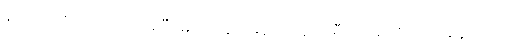
နဲ့ပဲ အံကြိတ်အားတင်းပြီး မသေခင် နောက်ဆုံးခရီးကြမ်းကို လှမ်းနေတာပဲ။